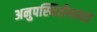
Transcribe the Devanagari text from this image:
अनुपस्थितीबाबत